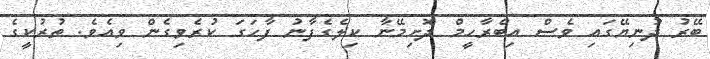
ބޭރު ދުނިޔޭގައި ވެސް އިބްރާހީމް ދޮށިމޭނާ ކިލެގެފާނު ފާހަގަ ކުރެވިގެން ވިއެވެ. ތުރުކީގެ